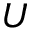
\boldsymbol { U }